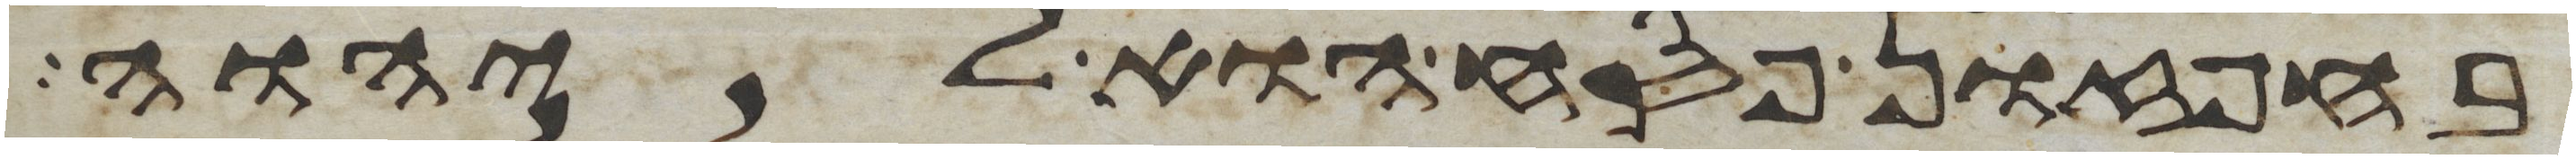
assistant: בחפזון פסח הוא ליהוה